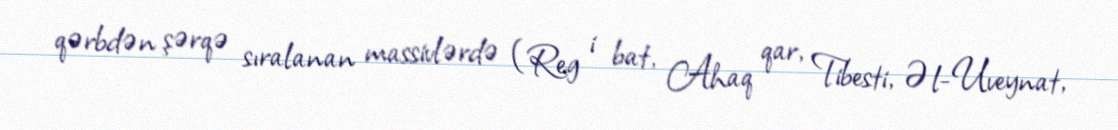
qərbdən şərqə sıralanan massivlərdə (Reg i bat, Ahaq qar, Tibesti, Əl-Uveynat,